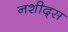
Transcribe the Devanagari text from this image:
नशीद्स